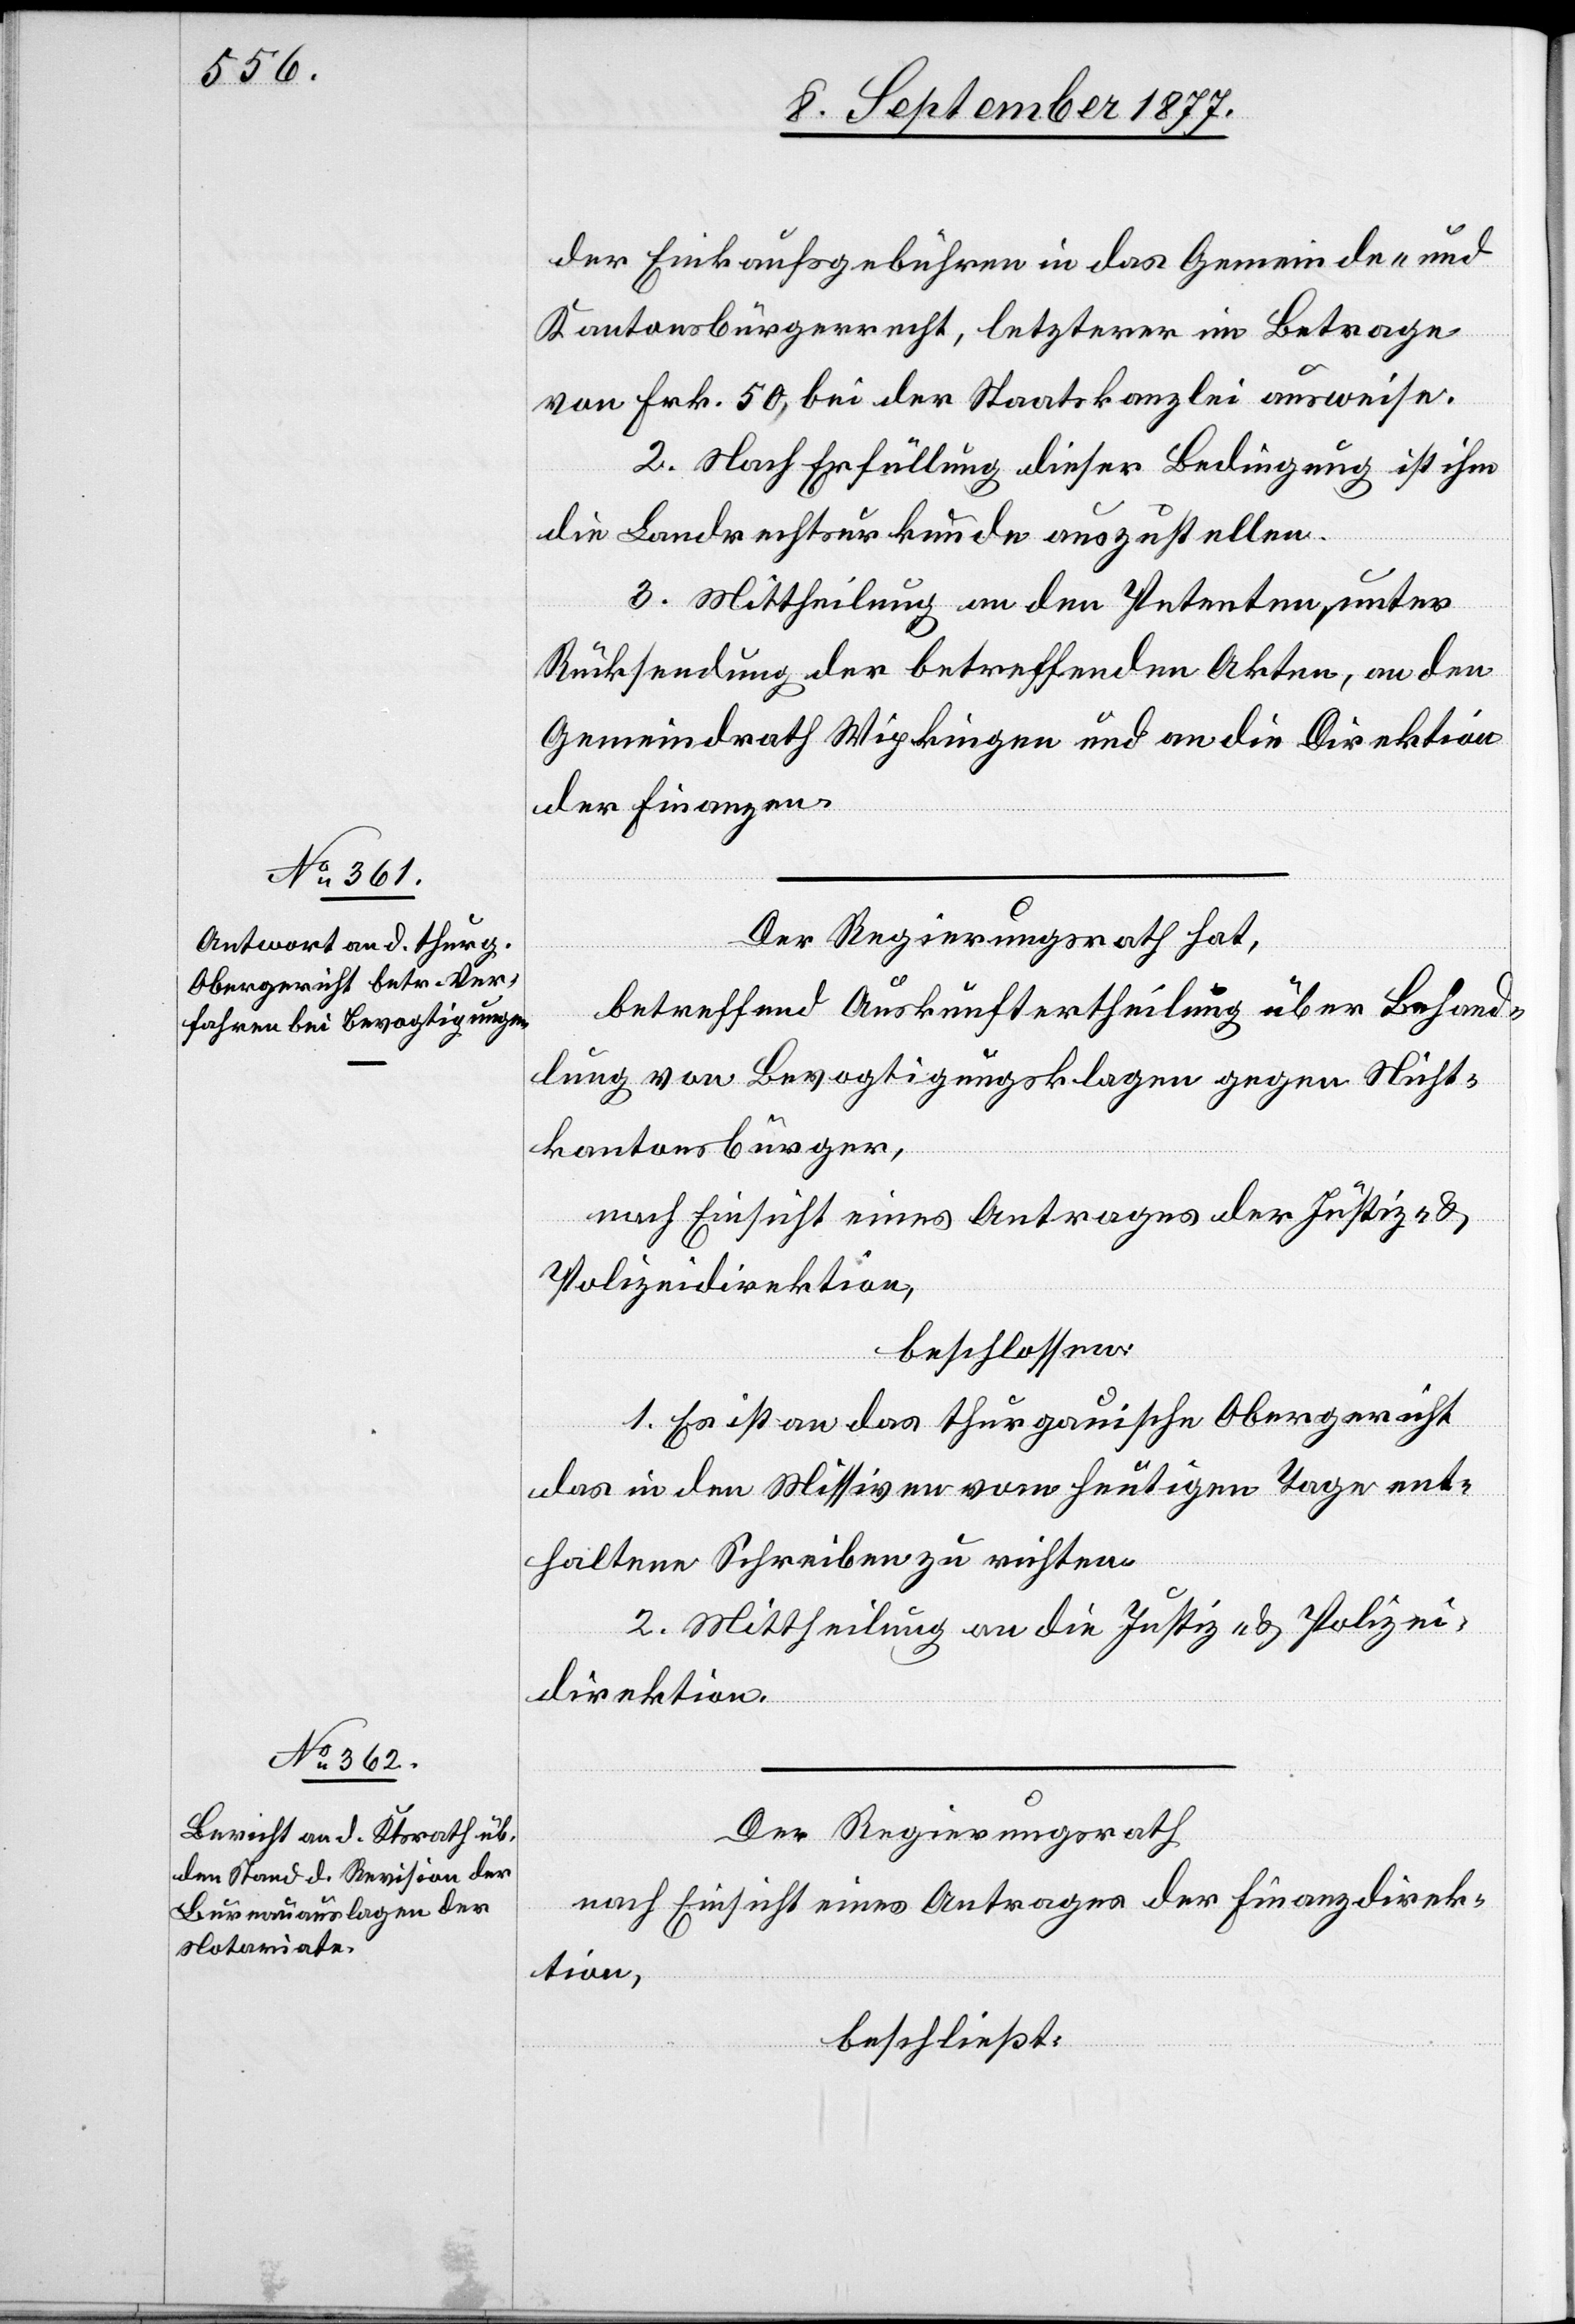
der Einkaufsgebühren in das Gemeinde- und
Kantonsbürgerrecht, letzterer im Betrage
von Frk. 50, bei der Staatskanzlei ausweise.
2. Nach Erfüllung dieser Bedingung ist ihm
die Landrechtsurkunde auszustellen.
3. Mittheilung an den Petenten, unter
Rücksendung der betreffenden Akten, an den
Gemeindrath Wipkingen und an die Direktion
der Finanzen.
Der Regierungsrath hat,
betreffend Auskunftertheilung über Behand¬
lung von Bevogtigungsklagen gegen Nicht¬
kantonsbürger,
nach Einsicht eines Antrages der Justiz- &
Polizeidirektion,
beschlossen:
1. Es ist an das thurgauische Obergericht
das in den Missiven vom heutigen Tage ent¬
haltene Schreiben zu richten.
2. Mittheilung an die Justiz- & Polizei¬
direktion.
Der Regierungsrath
nach Einsicht eines Antrages der Finanzdirek¬
tion,
beschließt: